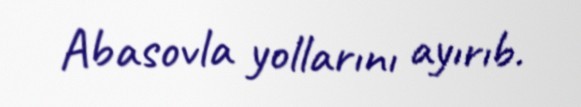
Abasovla yollarını ayırıb.